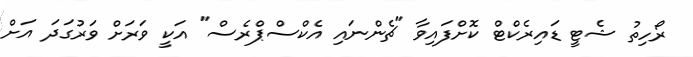
ރޯހިތު ޝެޓީ ޑައިރެކްޓް ކޮށްފައިވާ "ޗެންނައި އެކްސްޕްރެސް" އަކީ ވަރަށް ވަރުގަދަ އަށް